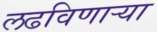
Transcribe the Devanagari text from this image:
लढविणाऱ्या